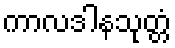
ကာလဒါနသုတ္တံ